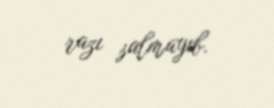
razı salmayıb.